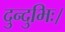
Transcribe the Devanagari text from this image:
दुन्दुभिः।